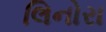
લિનોરા